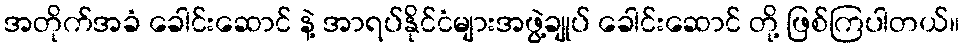
အတိုက်အခံ ခေါင်းဆောင် နဲ့ အာရပ်နိုင်ငံများအဖွဲ့ချုပ် ခေါင်းဆောင် တို့ ဖြစ်ကြပါတယ်။